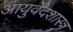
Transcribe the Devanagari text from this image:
आयुर्वेदशास्त्र